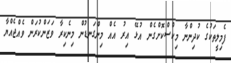
ފެމިލީތަކުގެ ކުދިންނާ މިކްސްކޮށްގެން އުޅޭ އިރު އެއް މިންގަނޑުން މިނެކިރާ ވަޒަންކުރަން ވެއްޖެއްޔާ